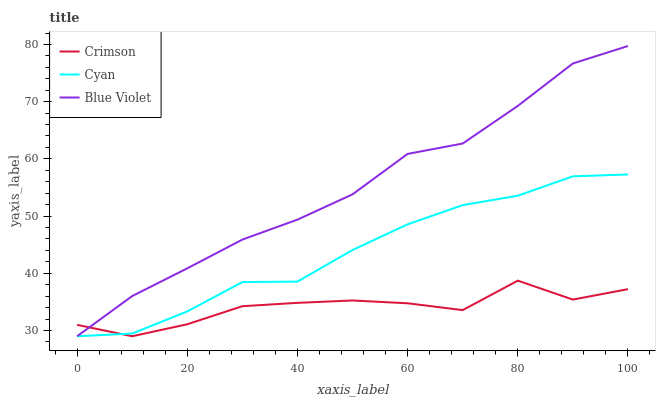
| xaxis_label | Crimson | Cyan | Blue Violet |
 | --- | --- | --- | --- |
 | 0 | 31 | 29 | 29 |
 | 10 | 29 | 29.5 | 36 |
 | 20 | 31.1 | 33.3 | 40.9 |
 | 30 | 34.3 | 38.5 | 45.9 |
 | 40 | 34.8 | 38.6 | 49.4 |
 | 50 | 35.3 | 44.1 | 53.8 |
 | 60 | 34.8 | 48.6 | 60.9 |
 | 70 | 33.6 | 51.9 | 62.7 |
 | 80 | 38.7 | 53.6 | 69.3 |
 | 90 | 35.4 | 56.9 | 76.7 |
 | 100 | 37.2 | 57.3 | 79.7 |